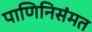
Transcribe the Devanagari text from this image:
पाणिनिसंमत